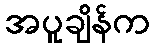
အပူချိန်က